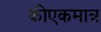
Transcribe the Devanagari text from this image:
कीएकमात्र